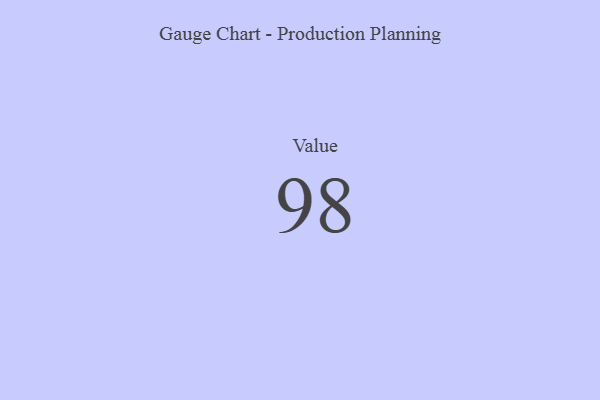
{"axis": {"x": "Metric", "y": "Value"}, "legend": [""], "data": [{"x": "Value", "y": 98, "type": ""}]}